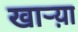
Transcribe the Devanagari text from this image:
खाऱ्य़ा